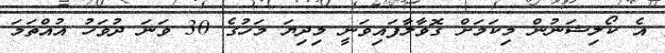
އެ ކޯލިޝަނުން މިކަމަށް ގޮވާލާފައިވަނީ މިދިޔަ މަހުގެ 30 ވަނަ ދުވަހު އުއްތަމަ